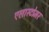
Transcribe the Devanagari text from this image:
एलास्टोमर